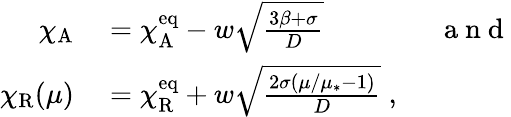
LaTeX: \begin{array}{rl}{\chi_{\mathrm{A}}}&{{}=\chi_{\mathrm{A}}^{\mathrm{eq}}-w\sqrt{\frac{3\beta+\sigma}{D}}\qquad\qquad\mathrm{~a~n~d~}}\\ {\chi_{\mathrm{R}}(\mu)}&{{}=\chi_{\mathrm{R}}^{\mathrm{eq}}+w\sqrt{\frac{2\sigma(\mu/\mu_{*}-1)}{D}}\; ,}\end{array}